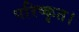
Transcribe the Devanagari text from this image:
परिष्कृत।